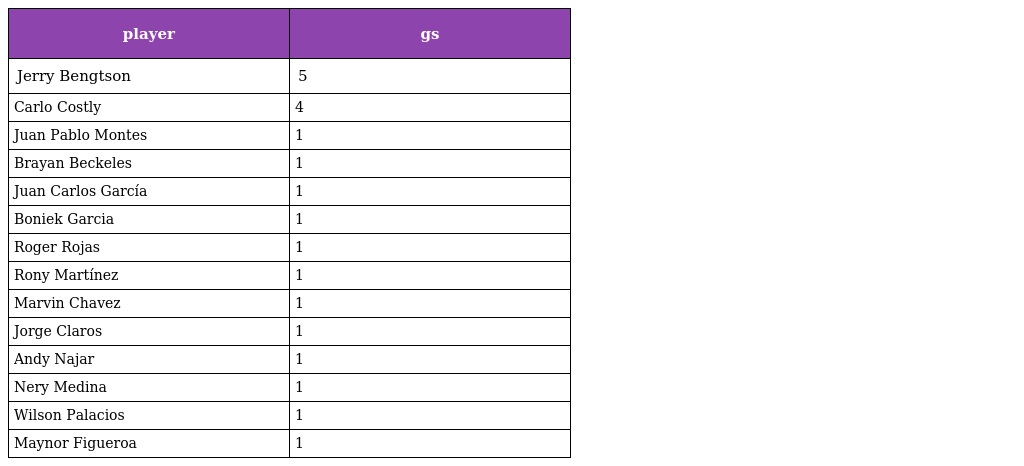
| player | gs |
 | --- | --- |
 | Jerry Bengtson | 5 |
 | Carlo Costly | 4 |
 | Juan Pablo Montes | 1 |
 | Brayan Beckeles | 1 |
 | Juan Carlos García | 1 |
 | Boniek Garcia | 1 |
 | Roger Rojas | 1 |
 | Rony Martínez | 1 |
 | Marvin Chavez | 1 |
 | Jorge Claros | 1 |
 | Andy Najar | 1 |
 | Nery Medina | 1 |
 | Wilson Palacios | 1 |
 | Maynor Figueroa | 1 |